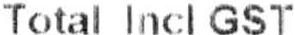
TOTAL INCL GST